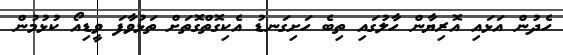
ހެދުން އަޅައި އޮރިޔާން ހާލުގައި ތިބެ ހަށިގަނޑު އެކިގޮތްގޮތަށް ތަޅުވާފަ ވީޑިއޯ ކުޅުމުން